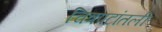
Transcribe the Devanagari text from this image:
चित्रपटांतली